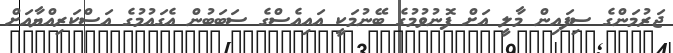
ޖަރުމަންގެ ސިފައިން މާލީ އަށް ފޮނުވުމުގެ ބޭނުމަކީ އައިއެސްގެ ސަބަބުން އެގައުމުގެ އަސްކަރިއްޔާއަށް